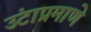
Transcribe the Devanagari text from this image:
उंटाप्रमाणे